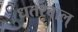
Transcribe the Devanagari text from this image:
धतरवाल्